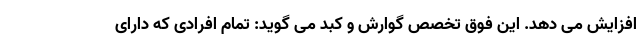
افزایش می دهد. این فوق تخصص گوارش و کبد می گوید: تمام افرادی که دارای